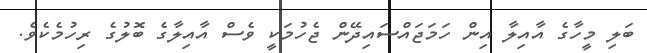
ބަލި މީހާގެ އާއިލާ އިން ހަމަޖައްސައިދޭން ޖެހުމަކީ ވެސް އާއިލާގެ ބޮލުގެ ރިހުމެކެވެ.